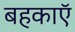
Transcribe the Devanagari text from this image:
बहकाएॅ